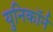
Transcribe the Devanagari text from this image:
युनिकॉर्न